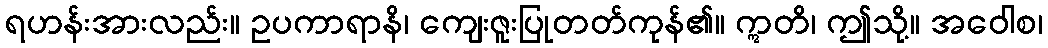
ရဟန်းအားလည်း။ ဥပကာရာနိ၊ ကျေးဇူးပြုတတ်ကုန်၏။ ဣတိ၊ ဤသို့။ အဝေါစ၊